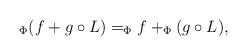
\begin{align*}_\Phi (f+g\circ L) = _\Phi f +_\Phi (g\circ L),\end{align*}